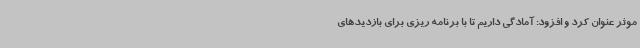
موثر عنوان کرد و افزود: آمادگی داریم تا با برنامه ریزی برای بازدیدهای